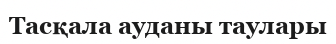
Тасқала ауданы таулары